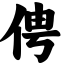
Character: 俜